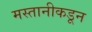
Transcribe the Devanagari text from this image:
मस्तानीकडून